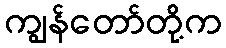
ကျွန်တော်တို့က